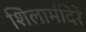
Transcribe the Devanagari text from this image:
शिलामंदिरे